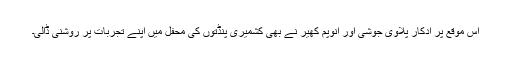
اس موقع پر ادکار پلاوی جوشی اور انوپم کھیر نے بھی کشمیری پنڈتوں کی محفل میں اپنے تجربات پر روشنی ڈالی۔